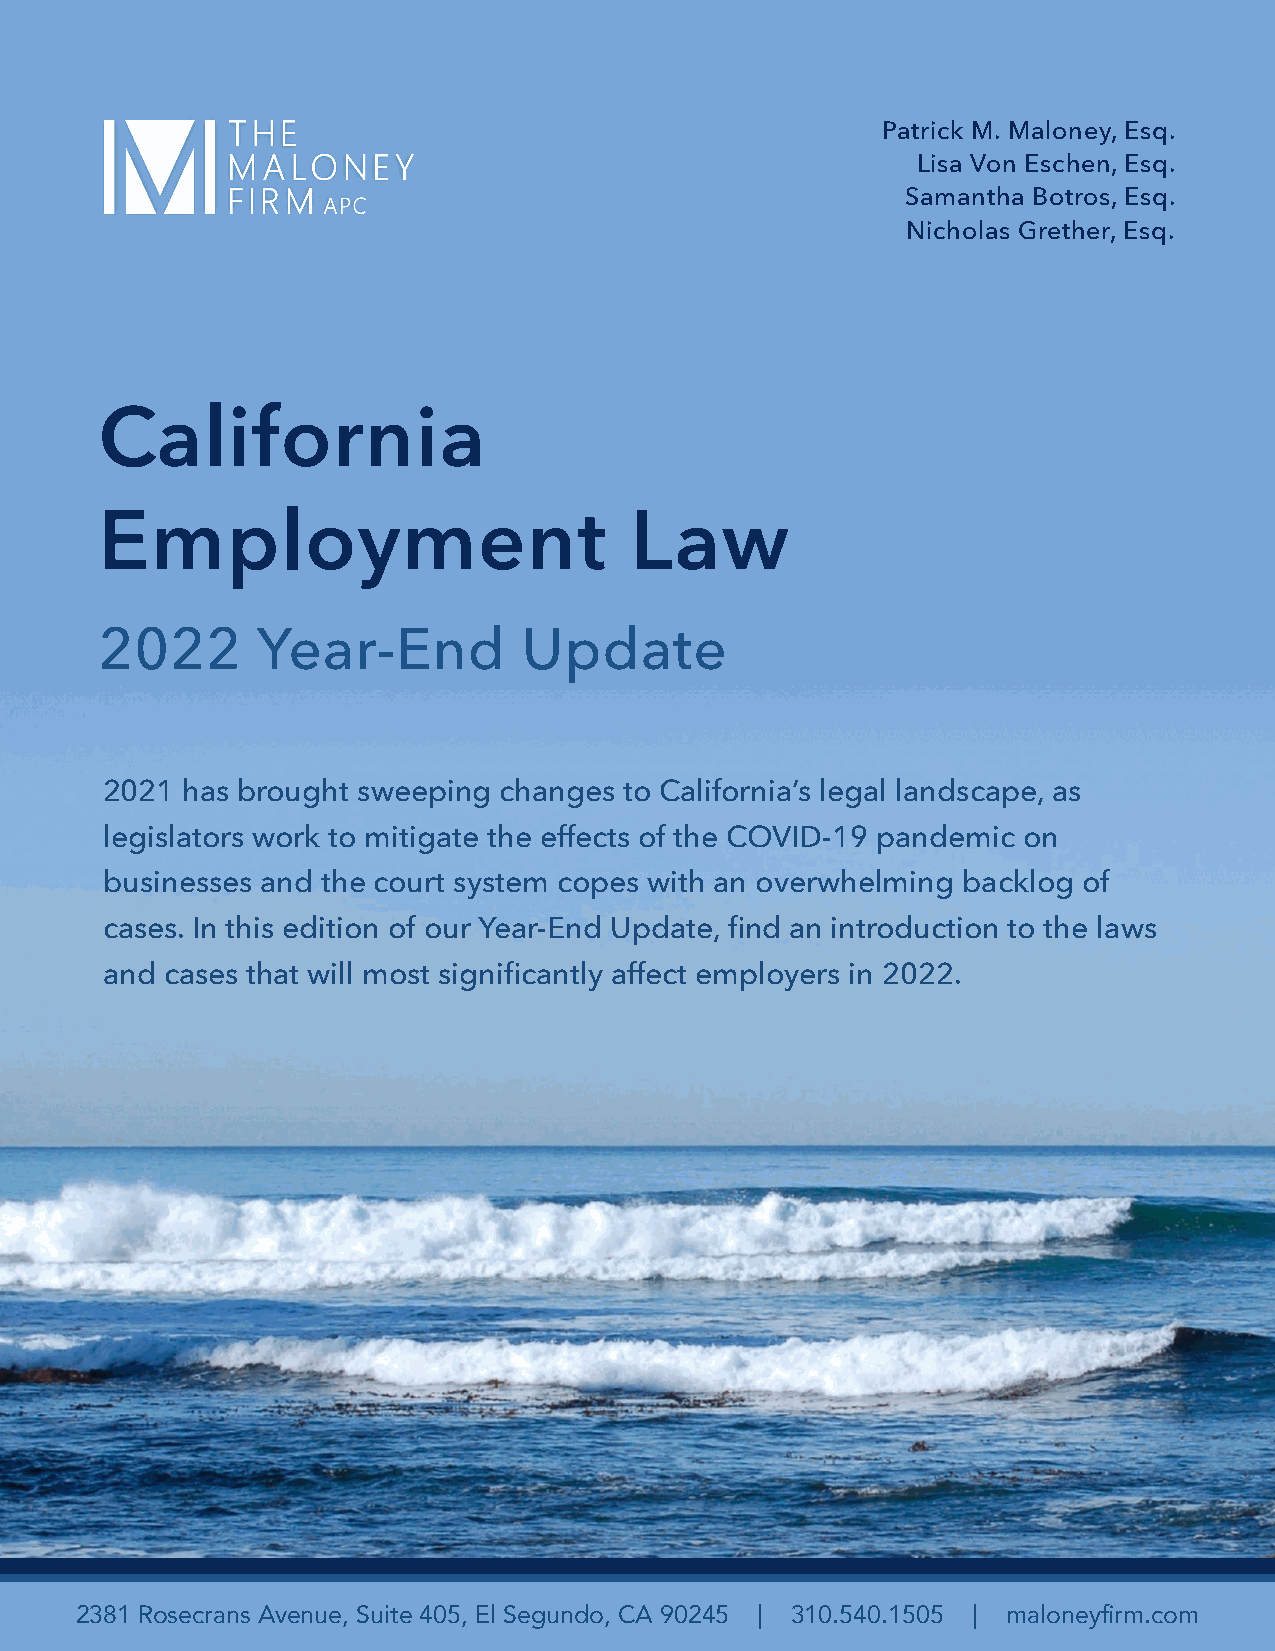
Patrick M. Maloney, Esq.
 Lisa Von Eschen, Esq.
 Samantha Botros, Esq.
 Nicholas Grether, Esq.
 California
 Employment                         Law
 2022      Year-End          Update
 2021 has brought sweeping changes to California’s legal landscape, as
 legislators work to mitigate the effects of the COVID-19 pandemic on
 businesses and the court system copes with an overwhelming backlog of
 cases. In this edition of our Year-End Update, find an introduction to the laws
 and cases that will most significantly affect employers in 2022.
 The Maloney Firm, APC                      2022 Employment Law Update 1
 2381 Rosecrans Avenue, Suite 405, El Segundo, CA 90245 | 310.540.1505 | maloneyfirm.com